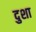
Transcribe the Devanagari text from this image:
दुशा